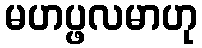
မဟပ္ဖလမာဟု